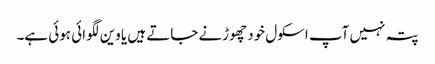
پتہ نہیں آپ اسکول خود چھوڑنے جاتے ہیں یا وین لگوائی ہوئی ہے۔